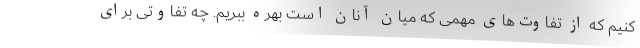
کنیم که از تفاوت‌های مهمی که میان آنان است بهره ببریم. چه تفاوتی برای